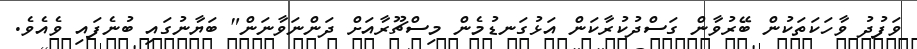
ވަފުދު ވާހަކަތަކުން ބޭރުވާން ގަސްދުކުރާކަން އަޅުގަނޑުމެން މިސްޗޫރާއަށް ދަންނަވާނަން" ބަޔާނުގައި ބުނެފައި ވެއެވެ.